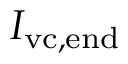
I _ { \mathrm { v c , e n d } }